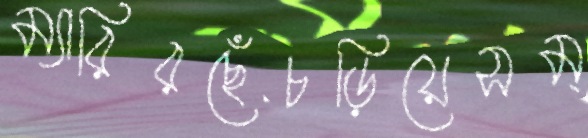
ম্যারিরছেঁচড়িয়েসম্